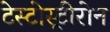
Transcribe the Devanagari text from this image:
टेस्टोस्ट्रीरोन